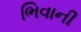
ભિવાની